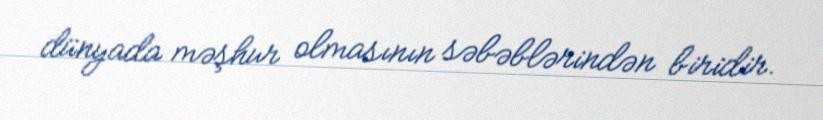
dünyada məşhur olmasının səbəblərindən biridir.